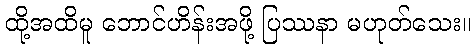
ထို့အထိမူ ဘောင်ဟိန်းအဖို့ ပြဿနာ မဟုတ်သေး။